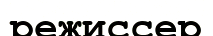
режиссер